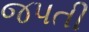
જપતી